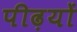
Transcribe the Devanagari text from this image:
पीढ़यों